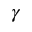
\ensuremath { \gamma }